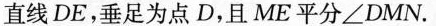
直线DE，垂足为点D，且ME平分∠DMN。